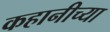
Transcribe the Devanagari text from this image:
कहानीच्या